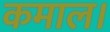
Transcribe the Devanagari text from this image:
कमाल।